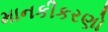
માનકીકરણો